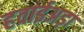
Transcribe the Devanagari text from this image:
हवाईअड़ा